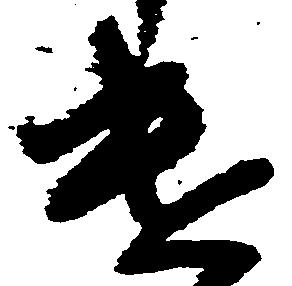
遣